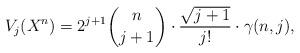
LaTeX: \begin{align*}V_j(X^n)=2^{j+1}{n\choose j+1}\cdot \frac{\sqrt{j+1}}{j!}\cdot \gamma (n, j),\end{align*}